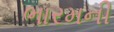
ભારમની